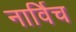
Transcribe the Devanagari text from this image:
नार्विच